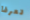
تعرفا